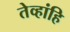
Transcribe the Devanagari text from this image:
तेव्हांहि